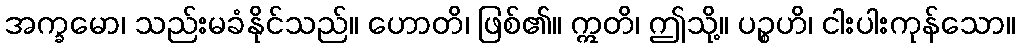
အက္ခမော၊ သည်းမခံနိုင်သည်။ ဟောတိ၊ ဖြစ်၏။ ဣတိ၊ ဤသို့။ ပဉ္စဟိ၊ ငါးပါးကုန်သော။